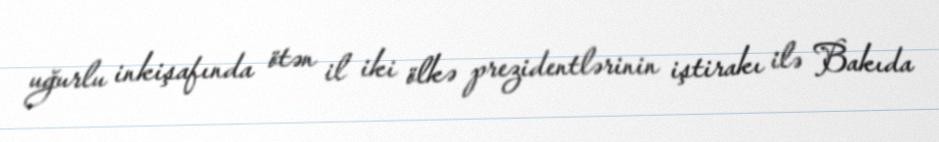
uğurlu inkişafında ötən il iki ölkə prezidentlərinin iştirakı ilə Bakıda